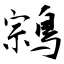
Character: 鶎